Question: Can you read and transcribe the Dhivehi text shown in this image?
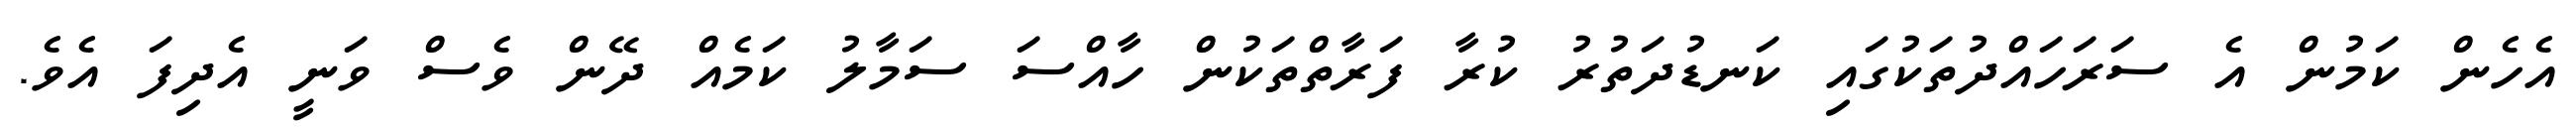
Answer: އެހެން ކަމުން އެ ސަރަހައްދުތަކުގައި ކަނޑުދަތުރު ކުރާ ފަރާތްތަކުން ހާއްސަ ސަމާލު ކަމެއް ދޭން ވެސް ވަނީ އެދިފަ އެވެ.